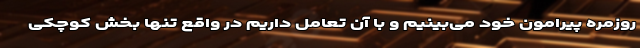
روزمره پیرامون خود می‌بینیم و با آن تعامل داریم در واقع تنها بخش کوچکی